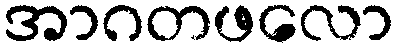
အာဂတဖလော